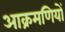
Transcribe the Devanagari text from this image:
आक्रमणियों